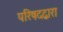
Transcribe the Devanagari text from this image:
परिषदद्वारा